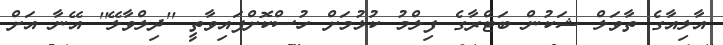
އާލިއާގެ ތާވަލް ޝަކުން ބަޓްރާގެ ފިލްމު ކުޅުމަށް ހުސްކޮށްފައިވާތީ ''ދިލްވާލޭ'' އޭނާ އަށް